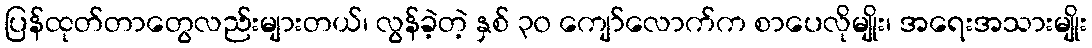
ပြန်ထုတ်တာတွေလည်းများတယ်၊ လွန်ခဲ့တဲ့ နှစ် ၃၀ ကျော်လောက်က စာပေလိုမျိုး၊ အရေးအသားမျိုး